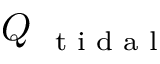
Q _ { \mathrm { ~ \scriptsize ~ t ~ i ~ d ~ a ~ l ~ } }